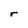
Character: r